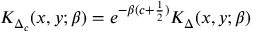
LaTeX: K _ { \Delta _ { c } } ( x , y ; \beta ) = e ^ { - \beta ( c + { \frac { 1 } { 2 } } ) } K _ { \Delta } ( x , y ; \beta )